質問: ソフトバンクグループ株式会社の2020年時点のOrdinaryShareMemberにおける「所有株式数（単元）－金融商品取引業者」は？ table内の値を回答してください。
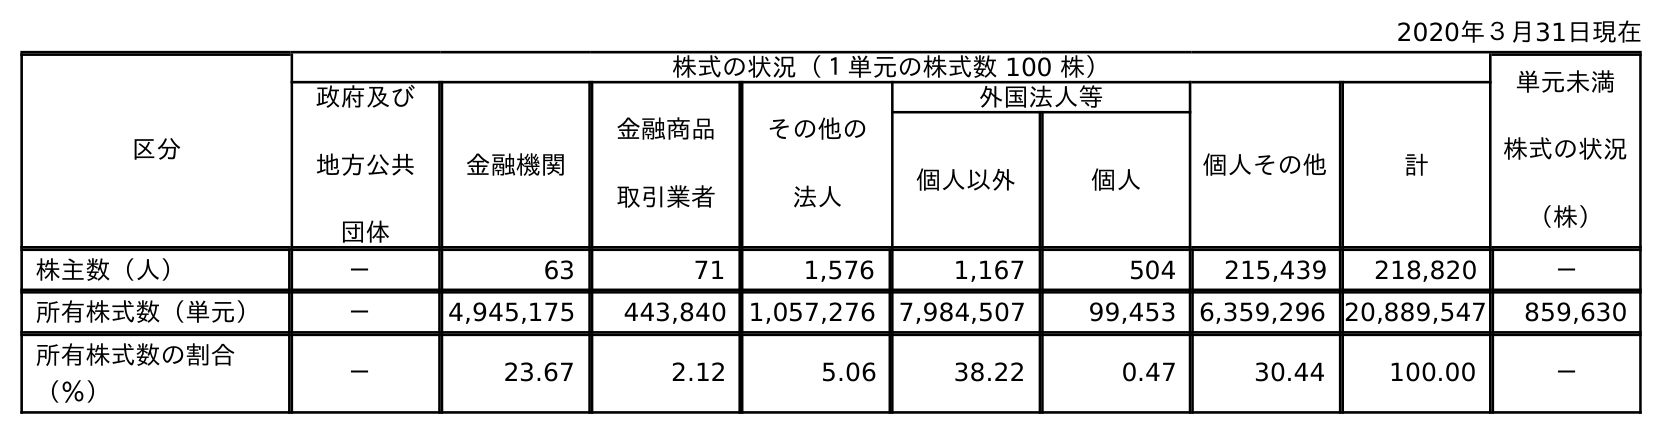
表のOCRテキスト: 2020年３月31日現在 区分 株式の状況（１単元の株式数 100 株） 単元未満 株式の状況 （株） 政府及び 地方公共 団体 金融機関 金融商品 取引業者 その他の 法人 外国法人等 個人その他 計 個人以外 個人 株主数（人） － 63 71 1,576 1,167 504 215,439 218,820 － 所有株式数（単元） － 4,945,175 443,840 1,057,276 7,984,507 99,453 6,359,296 20,889,547 859,630 所有株式数の割合 （％） － 23.67 2.12 5.06 38.22 0.47 30.44 100.00 －
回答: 443,840